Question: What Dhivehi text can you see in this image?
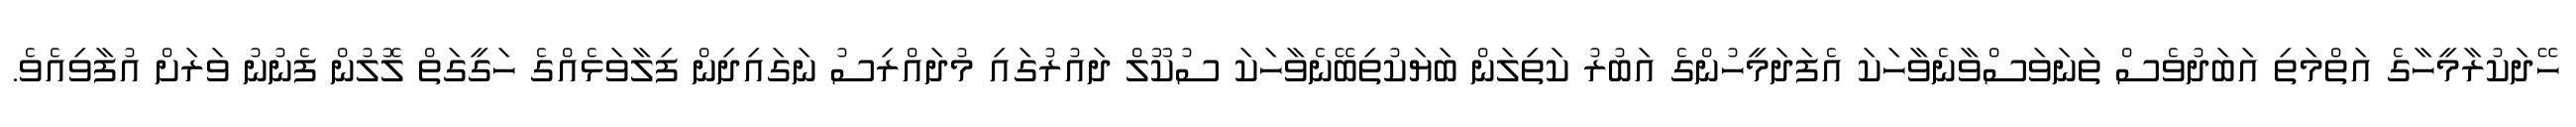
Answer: ހޭދަކުރާމީހާގެ އަތްމަތި އަބަދުވެސް ތަނަވަސްވާނެވާހަކަ އެފަދަމީހުންގެ އަބުރު ކަތިލަން ބަޔަކުތިބޭނެވާހަކަ ސުކޫލް ދައުރުގައި މުދައްރިސު ނަގައިދިން ފިލާވަޅެއްގެ ހަގީގަތް ލޮލުން ފެނުނު ވަރަށް އުފާވިއެވެ.